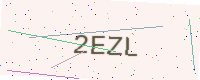
Text: 2EZL